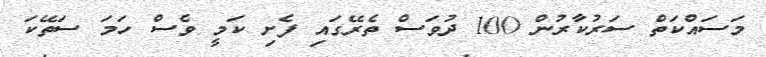
މަސައްކަތް ސަރުކާރުން 100 ދުވަސް ތެރޭގައި ފެށި ކަމީ ވެސް ހަމަ ސަތޭކަ